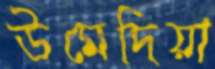
উমেদিয়া